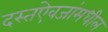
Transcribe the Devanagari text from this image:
दस्तऐवजांमधील